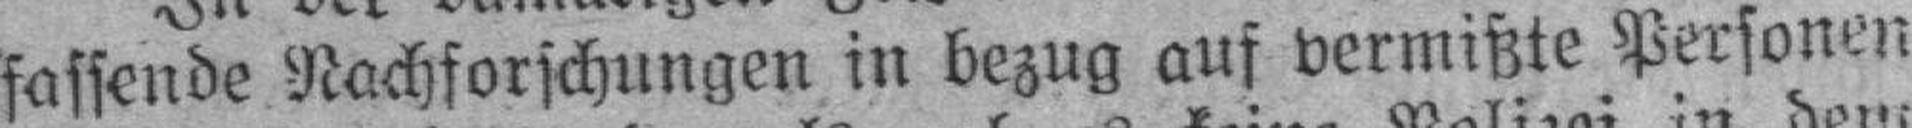
fassende Nachforschungen in bezug auf vermißte Personen